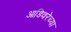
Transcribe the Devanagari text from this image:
आडिवरेच्या